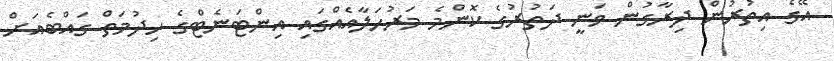
އޭގެ އިތުރުން ދިރާގުން ވަނީ ދަތުރުގެ ކޮންމެ މަރުހަލާއެއްގައި އިންޓަނެޓްގެ ހިދުމަތް ގައްބެއަށް